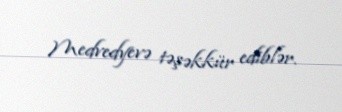
Medvedyevə təşəkkür ediblər.